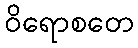
ဝိရောစတေ